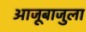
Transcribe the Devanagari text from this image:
आजूबाजुला